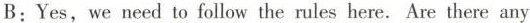
B: Yes, we need to follow the rules here. Are there any